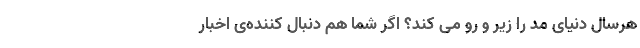
هرسال دنیای مد را زیر و رو می‌ کند؟ اگر شما هم دنبال کننده‌ی اخبار